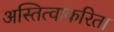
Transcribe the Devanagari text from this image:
अस्तित्वाकरिता